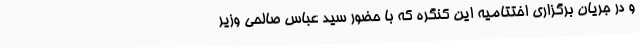
و در جریان برگزاری اختتامیه این کنگره که با حضور سید عباس صالحی وزیر